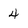
Character: 4